Kassari_(Keina)_vallavalitsus, lk 13
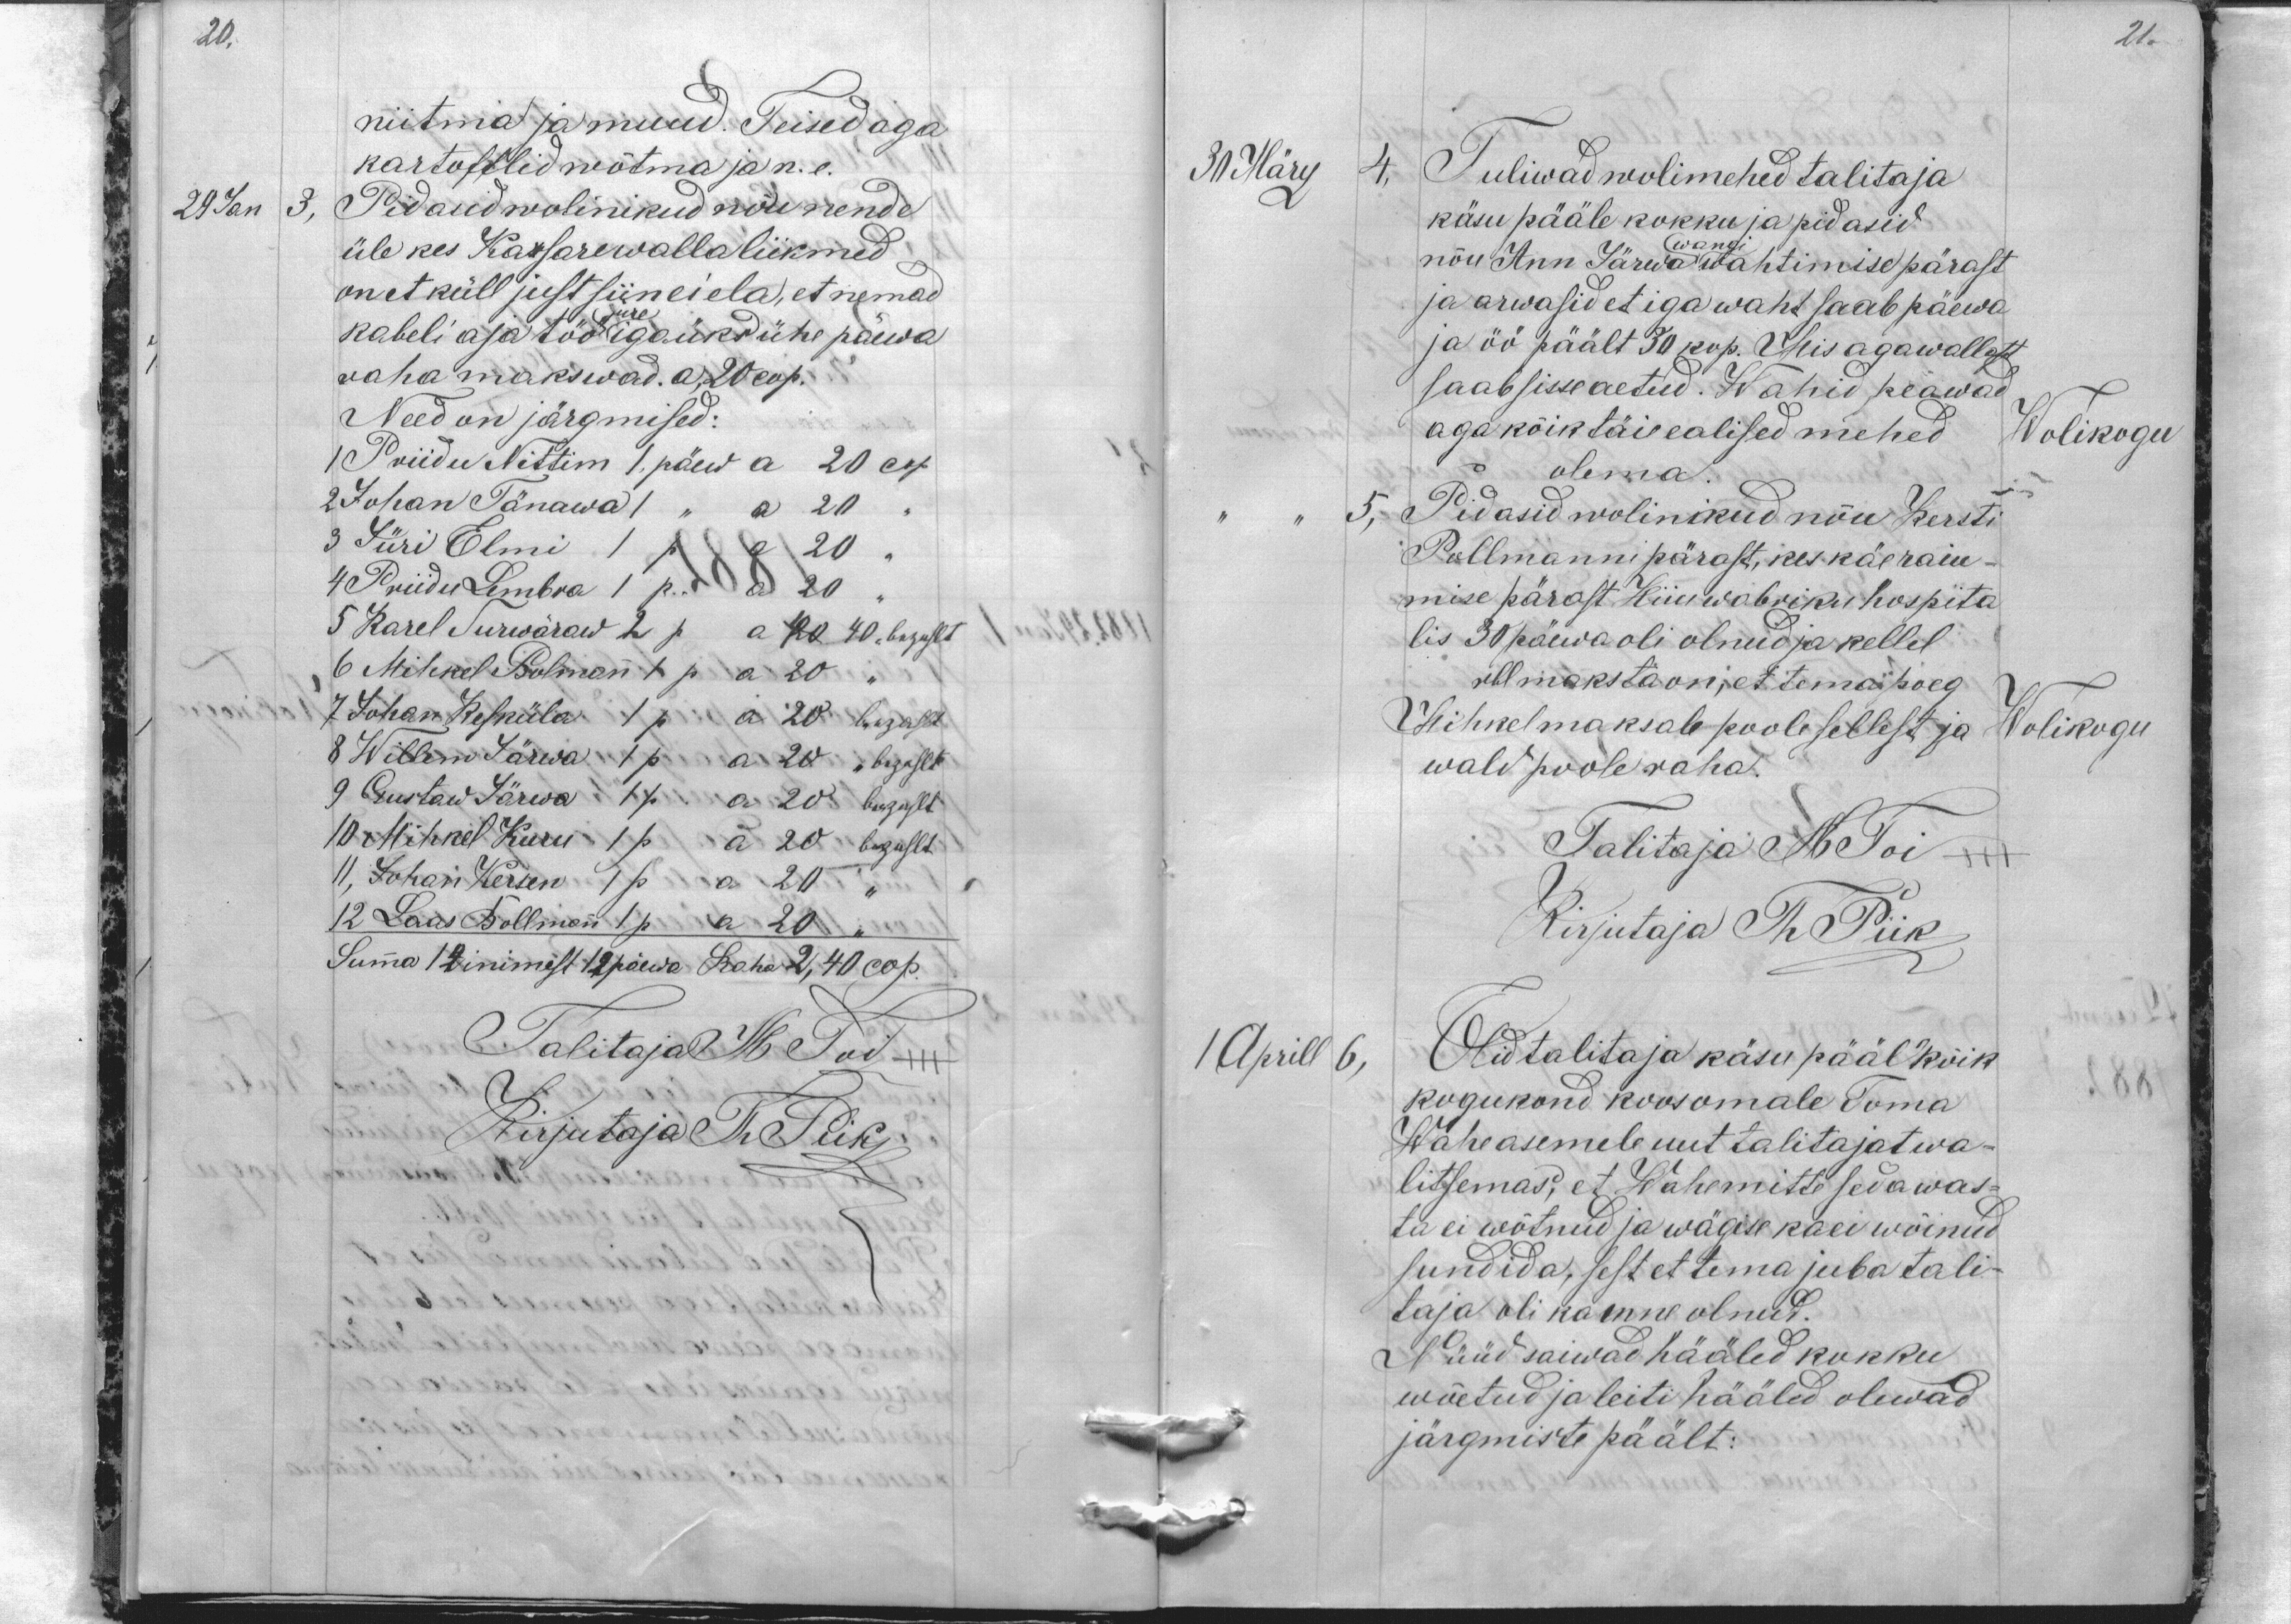
20.

21.

niitma ja muud. Teised aga
kartofflid wõtma ja n.e.
29 Jan
3,
Pidasid wolinikud nõu nende
üle kes Kassare walla liikmed,
on et küll just siin ei ela, et nemad
kabeli aja töö jure igaüks ühe päewa
raha makswad. a 20 cop.
Need on järgmised:
1 Priidu Nittim 1 päew a 20 cop.
2 Johan Tänawa 1 " a 20
3 Jüri Elmi 1 p. a 20
4 Priidu Lembra 1 p. a 20
5 Karel Surwäraw 2 p a 20 40. bezahlt
6 Mihkel Bolmann 1 p a 20 "
7 Johan Kesküla 1 p a 20 bezahlt
8 Willem Särwa 1 p a 20 " bezahlt
9 Gustaw Särwa 1 p a 20 bezahlt
10 Mihkel Kuru 1 p a 20 bezahlt
11, Johan Kersen 1 p a 20 "
12 Laas Bollmann 1 p a 20 "
Summa 12 inimest 12 päewa Raha 2,40 cop.
Talitajal M. Toi
Kirjutaja Th Piik

30 März
4, Tuliwad wolimehed talitaja
käsu pääle kokku ja pidasid
nõu Ann Järwa wangi wahtimise pärast
ja arwasid et iga waht saab päewa
ja öö päält 30 kop. Mis aga wallast
saab sisse aetud. Wähid peawad
aga kõik täieealised mehed
Wolikogu
olema.
5,
Pidasid wolinikud nõu Kersti
Pollmanni pärast, kes käe raiu-
mise pärast Hiiu wabriku hospita
lis 30 päewa oli olnud ja kellel
rbl maksta on, et tema poeg
Mihkel maksab poole sellest ja
Wolikogu
wald poole raha.
Talitaja M Toi +++
Kirjutaja Th Piik
1 Aprill 6,
Olid talitaja käsu pääl kõik
kogukond koos omale Toma
Wahe asemele uut talitajat wa-
litsemas, et Wahe mitte seda was-
ta ei wõtnud ja wägise ka ei wõinud
sundida, sest et tema juba tali-
taja oli ka enne olnud.
Nüüd saiwad hääled kokku
wõetud ja leiti hääled olewad
järgmiste päält: